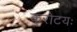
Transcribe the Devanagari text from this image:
करोटयः